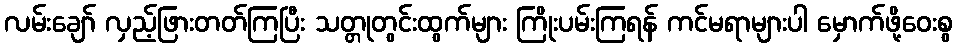
လမ်းချော် လှည့်ဖြားတတ်ကြပြီး သတ္တုတွင်းထွက်များ ကြိုးပမ်းကြရန် ကင်မရာများပါ မှောက်ဖို့ဝေးစွ